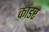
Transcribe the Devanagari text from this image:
कांडर